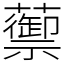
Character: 蘌